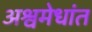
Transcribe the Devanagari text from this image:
अश्वमेधांत